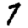
Digit: 7